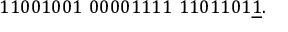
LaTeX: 1 1 0 0 1 0 0 1 \ 0 0 0 0 1 1 1 1 \ 1 1 0 1 1 0 1 { \underline { { 1 } } } .